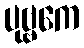
ပုဗ္ဗကေ